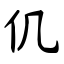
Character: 仉